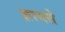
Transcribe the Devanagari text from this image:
ज्ञायते